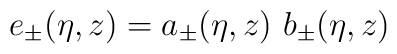
e_{\pm} (\eta,z) = a_{\pm} (\eta,z)~ b_{\pm} (\eta,z)